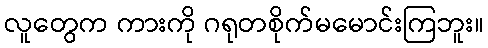
လူတွေက ကားကို ဂရုတစိုက်မမောင်းကြဘူး။